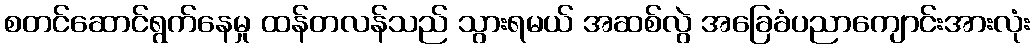
စတင်ဆောင်ရွက်နေမှု ထန်တလန်သည် သွားရမယ် အဆစ်လွဲ အခြေခံပညာကျောင်းအားလုံး